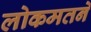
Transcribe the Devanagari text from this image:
लोकमतने